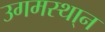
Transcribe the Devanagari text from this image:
उगमस्था्न